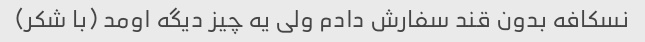
نسکافه بدون قند سفارش دادم ولی یه چیز دیگه اومد (با شکر)